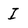
Character: I